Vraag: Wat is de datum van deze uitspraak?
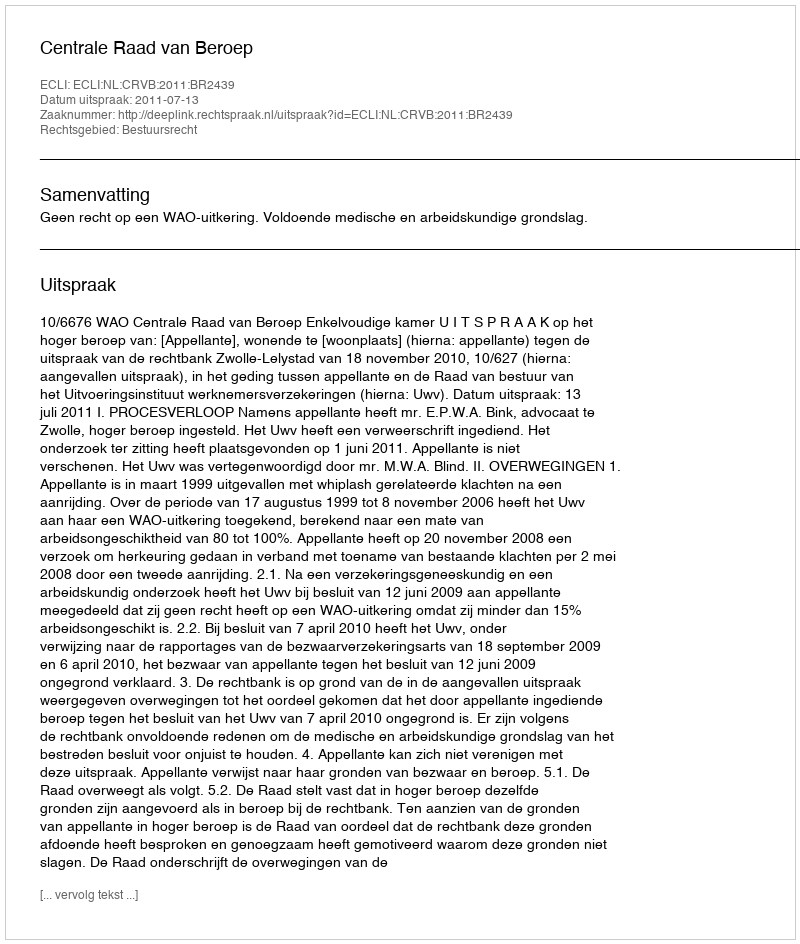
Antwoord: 2011-07-13